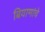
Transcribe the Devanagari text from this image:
बियाणांचे